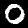
Digit: 0